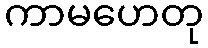
ကာမဟေတု